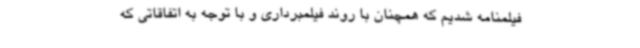
فیلمنامه شدیم که همچنان با روند فیلمبرداری و با توجه به اتفاقاتی که